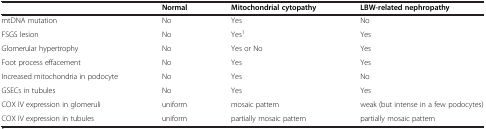
<table><thead><tr><td></td><td><b>Normal</b></td><td><b>Mitochondrial cytopathy</b></td><td><b>LBW-related nephropathy</b></td></tr></thead><tbody><tr><td>mtDNA mutation</td><td>No</td><td>Yes</td><td>No</td></tr><tr><td>FSGS lesion</td><td>No</td><td>Yes<sup>1</sup></td><td>Yes</td></tr><tr><td>Glomerular hypertrophy</td><td>No</td><td>Yes or No</td><td>Yes</td></tr><tr><td>Foot process effacement</td><td>No</td><td>Yes</td><td>Yes</td></tr><tr><td>Increased mitochondria in podocyte</td><td>No</td><td>Yes</td><td>No</td></tr><tr><td>GSECs in tubules</td><td>No</td><td>Yes</td><td>Yes</td></tr><tr><td>COX IV expression in glomeruli</td><td>uniform</td><td>mosaic pattern</td><td>weak (but intense in a few podocytes)</td></tr><tr><td>COX IV expression in tubules</td><td>uniform</td><td>partially mosaic pattern</td><td>partially mosaic pattern</td></tr></tbody></table>